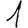
Digit: 1